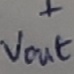
Text: +Vout